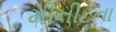
મીનીટના